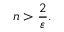
n > { \frac { 2 } { \varepsilon } } .